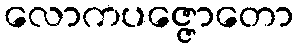
လောကပဇ္ဇောတော